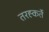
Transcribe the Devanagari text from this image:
तरह्कर्ते